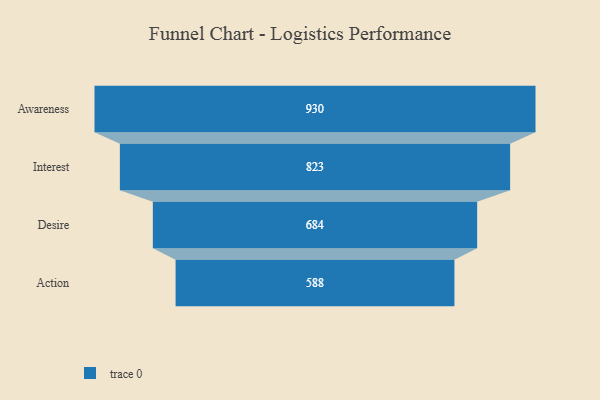
{"axis": {"x": "Stage", "y": "Value"}, "legend": [""], "data": [{"x": "Awareness", "y": 930.0, "type": ""}, {"x": "Interest", "y": 823.0, "type": ""}, {"x": "Desire", "y": 684.0, "type": ""}, {"x": "Action", "y": 588.0, "type": ""}]}